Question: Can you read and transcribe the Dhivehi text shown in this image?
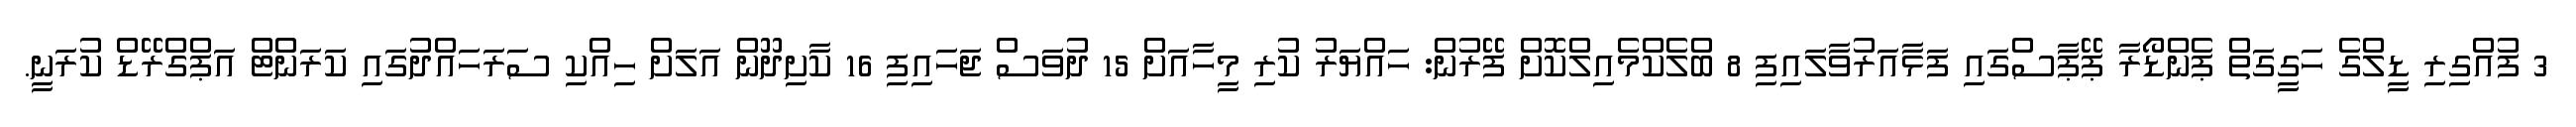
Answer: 3 ފުއްގިރި ޑީލްގެ ހަގީގަތް ޕެންޑޯރާ ޕޭޕާސްގައި ފަޅާއަރުވާލައިފި 8 ބްލެކްމެއިލްކޮށް ފޭރުން: ހައްޔަރު ކުރި މީހާއަށް 15 ދުވަސް ޖަހައިފި 16 ކާށިދޫން އަލަށް ހިއްކި ސަރަހައްދުގައި ކަރަންޓް އަޕްގްރޭޑް ކުރަނީ.